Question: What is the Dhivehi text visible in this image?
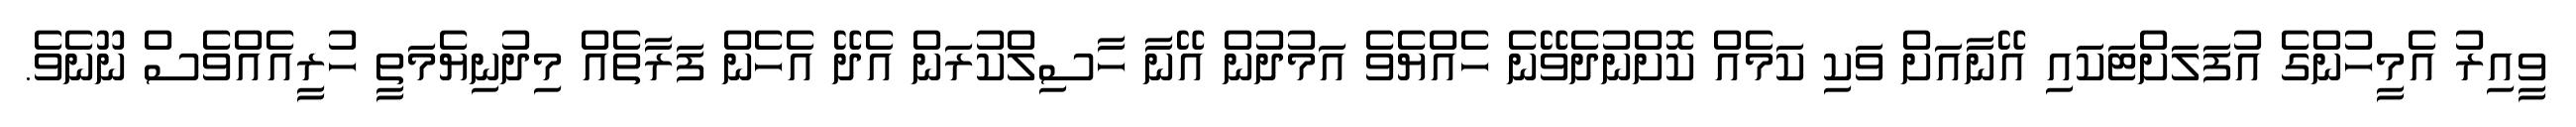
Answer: ވީއިރު އެމީހުންގެ އުފަލަށްޓަކައި އޭނާއަށް ވަކި ކަމެއް ކޮށްނުދެވޭނެ ހެއްޔެވެ އަމުދުން އޭނާ ހާސިލްކުރަން އެދޭ އެހެން ފަރާތެއް މިދުނިޔެމަތީ ހުރީއެއްވެސް ނޫނެވެ.